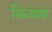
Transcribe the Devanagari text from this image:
निळ्याशार